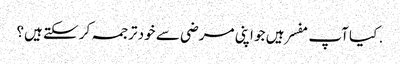
. کیا آپ مفسر ہیں جو اپنی مرضی سے خود ترجمہ کر سکتے ہیں؟